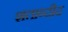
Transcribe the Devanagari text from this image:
शताब्दीद